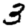
Digit: 3